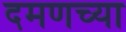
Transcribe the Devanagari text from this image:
दमणच्या